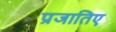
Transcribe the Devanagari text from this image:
प्रजातिए